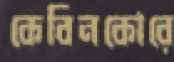
কেবিনকোরে